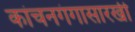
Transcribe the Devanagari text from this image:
कांचनगंगासारखी